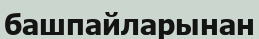
башпайларынан